Annual report on the Civil Veterinary Department, Burma (including the Insein Veterinary School) - 1910-1922
Year: 1910
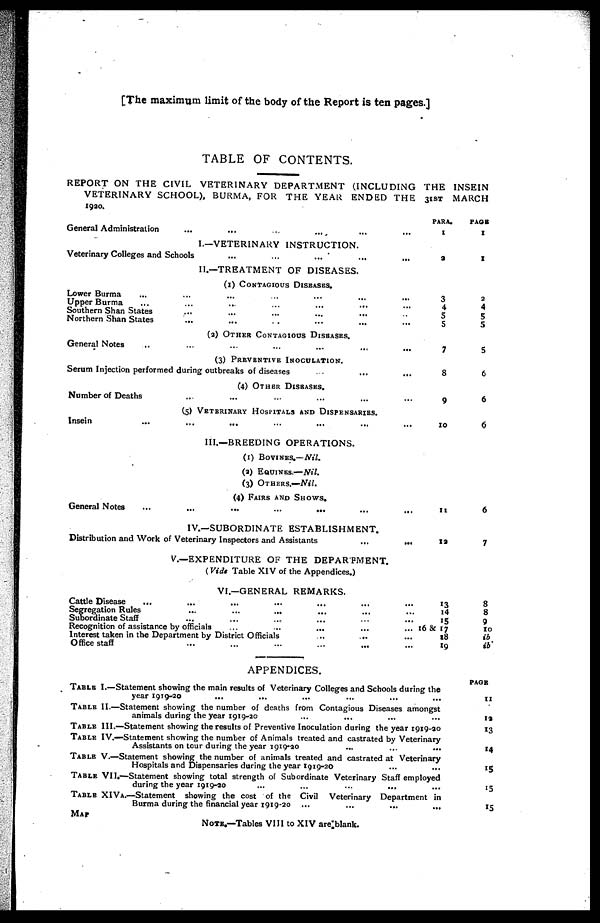
The maximum limit of the body of the Report is ten pages.]
TABLE OF CONTENTS.
REPORT ON THE CIVIL VETERINARY DEPARTMENT (INCLUDING THE INSEIN
VETERINARY SCHOOL), BURMA, FOR THE YEAR ENDED THE 31ST MARCH
1920.
General Administration
...
... ... ... ... ...
I.—VETERINARY INSTRUCTION.
Veterinary Colleges and Schools ... ... ... ... ...
II.—TREATMENT OF DISEASES.
(1) CONTAGIOUS DISEASES.
Lower Burma ... ... ... ... ... ... ...
Upper Burma ... ... ... ... ... ...
Southern Shan States ... ... ... ... ... ...
Northern Shan States
...
... ... ... ... ...
(2) OTHER CONTAGIOUS DISEASES.
General Notes ... ... ... ... ... ... ...
(3) PREVENTIVE INOCULATION.
Serum Injection performed during outbreaks of diseases ... ... ...
(4)OTHER
DISEASES.
Number of Deaths ... ... ... ... ... ...
(5) Veterinary Hospitals and Dispensaries.
Insein
...
...
... ... ... ... ...
III.—BREEDING OPERATIONS.
(1) BOVINES.— Nil.
(a) Equines.—Nil.
(3) Others.—Nil.
(4) Fairs and Shows.
General Notes
...
...
...
...
...
...
...
IV.—SUBORDINATE ESTABLISHMENT.
Distribution and Work of Veterinary Inspectors and Assistants
...
...
V.—EXPENDITURE OF THE DEPARTMENT.
(Vide Table XIV of the Appendices.)
VI.—GENERAL REMARKS.
Cattle Disease
... ... ... ... ... ... ...
Segregation Rules
...
...
...
... ... ...
Subordinate Staff ... ... ... ... ... ...
Recognition of assistance by officials ... ... ... ... ...
Interest taken in the Department by District Officials
..
... ...
Office staff ... ... ... ... ... ...
PARA.
I
a
3
4
5 5
7
8
9
10
11
12
13
14
15
16 & 17
18
«9
PAGE.
I
I
2
4
5
5
5
6
6
6
6
7
8
8
9
10
ib
ib
APPENDICES.
Table I.—Statement showing the main results of Veterinary Colleges and Schools during the
year 1919-20 ... ... ... ... ... ...
Table II.—Statement showing the number of deaths from Contagious Diseases amongst
animals during the year 1919-20 ... ... ... ...
Table III.—Statement showing the results of Preventive Inoculation during the year 1919-20
Table IV.—Statement showing the number of Animals treated and castrated by Veterinary
Assistants on tour during the year 1919-20
...
...
...
Table V.—Statement showing the number of animals treated and castrated at Veterinary
Hospitals and Dispensaries during the year 1919-20
...
...
Table VII.—Statement showing total strength of Subordinate Veterinary Staff employed
during the year 1919-90
...
...
...
... ...
Table XIVa.—Statement showing the cost of the Civil Veterinary Department in
Burma during the financial year 1919-20 ...
...
...
...
Map
Note.—Tables VIII to XIV are blank.
PAGE
11
12
13
»4
15
»5
15